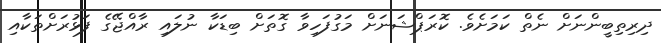
ދިރިތިބީންނަށް ނެތް ކަމަށެވެ. ކޮރަޕްޝަނަށް މަގުފަހިވާ ގޮތަށް ބިޑަކާ ނުލައި ރާއްޖޭގެ ފަޅުރަށްތަކާއި